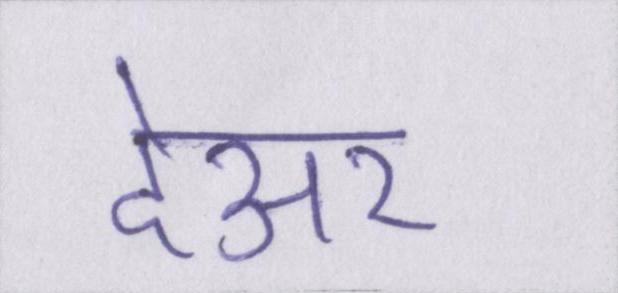
देअर